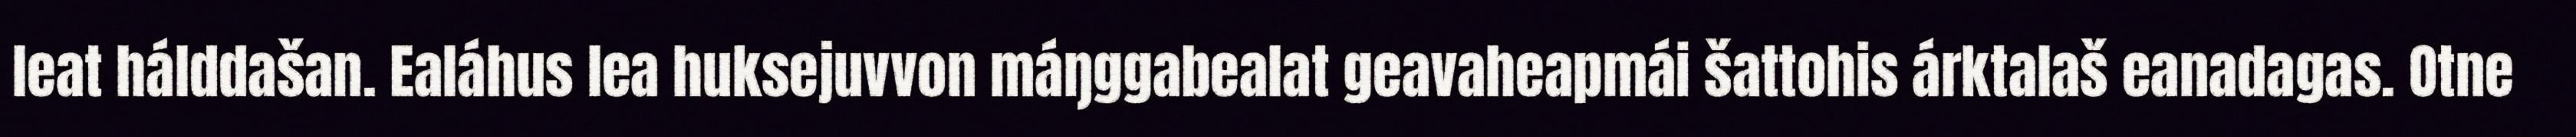
leat hálddašan. Ealáhus lea huksejuvvon máŋggabealat geavaheapmái šattohis árktalaš eanadagas. Otne